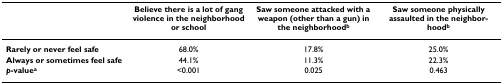
<table><thead><tr><td></td><td><b>Believe there is a lot of gang violence in the neighborhood or school</b></td><td><b>Saw someone attacked with a weapon (other than a gun) in the neighborhood<sup>b</sup></b></td><td><b>Saw someone physically assaulted in the neighborhood<sup>b</sup></b></td></tr></thead><tbody><tr><td><b>Rarely or never feel safe</b></td><td>68.0%</td><td>17.8%</td><td>25.0%</td></tr><tr><td><b>Always or sometimes feel safe</b></td><td>44.1%</td><td>11.3%</td><td>22.3%</td></tr><tr><td><b><i>p</i>-value<sup>a</sup></b></td><td>&lt;0.001</td><td>0.025</td><td>0.463</td></tr></tbody></table>